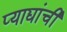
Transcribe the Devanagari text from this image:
प्याद्यांची